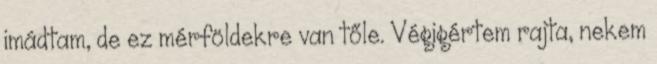
imádtam, de ez mérföldekre van tőle. Végigértem rajta, nekem